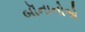
બૉનાનોએ